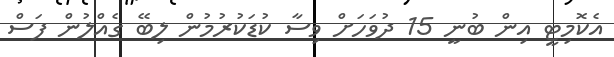
އެކޮމިޓީ އިން ބުނީ 15 ދުވަހަށް ވިސާ ކުޑަކުރުމުން ލިބޭ ގެއްލުން ފަސް